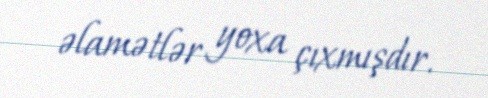
əlamətlər yoxa çıxmışdır.